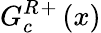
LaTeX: G_{c}^{R}{}^{+}\left(x\right)